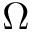
\Omega